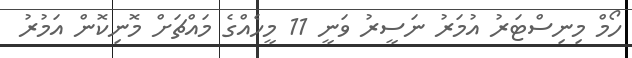
ހޯމް މިނިސްޓަރު އުމަރު ނަސީރު ވަނީ 11 މީހެއްގެ މައްޗަށް މޮނިކޮން އަމުރު